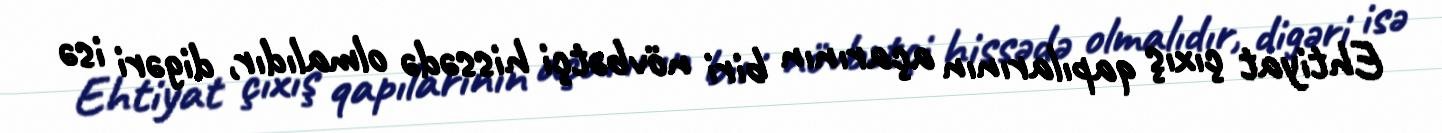
Ehtiyat çıxış qapılarının açarının biri növbətçi hissədə olmalıdır, digəri isə